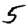
Digit: 5